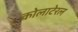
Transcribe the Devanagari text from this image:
कोलाटेरल